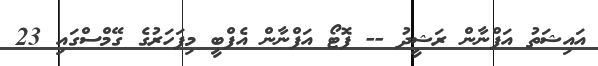
އައިޝަތު އަފްނާން ރަޝީދު -- ފޮޓޯ އަފްނާން އެފްބީ މިފަހަރުގެ ގޭމްސްގައި 23